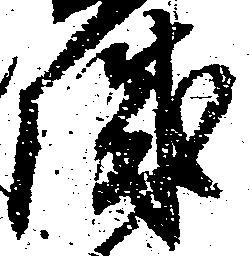
城